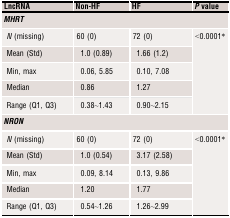
| LncRNA | Non‐HF | HF | P value |
 | --- | --- | --- | --- |
 | <COLSPAN=4> MHRT |
 | N (missing) | 60 (0) | 72 (0) | <ROWSPAN=5> <0.0001* |
 | Mean (Std) | 1.0 (0.89) | 1.66 (1.2) |
 | Min, max | 0.06, 5.85 | 0.10, 7.08 |
 | Median | 0.86 | 1.27 |
 | Range (Q1, Q3) | 0.38~1.43 | 0.90~2.15 |
 | <COLSPAN=4> NRON |
 | N (missing) | 60 (0) | 72 (0) | <ROWSPAN=5> <0.0001* |
 | Mean (Std) | 1.0 (0.54) | 3.17 (2.58) |
 | Min, max | 0.09, 8.14 | 0.13, 9.86 |
 | Median | 1.20 | 1.77 |
 | Range (Q1, Q3) | 0.54~1.26 | 1.26~2.99 |